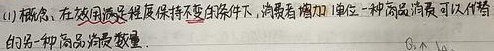
(1) 概念，在效用满足程度保持不变的条件下，消费者增加1单位一种商品消费可以代替
的另一种商品消费数量.